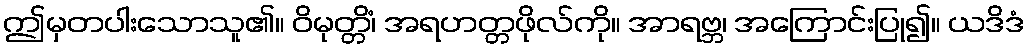
ဤမှတပါးသောသူ၏။ ဝိမုတ္တိံ၊ အရဟတ္တဖိုလ်ကို။ အာရဗ္ဘ၊ အကြောင်းပြု၍။ ယဒိဒံ